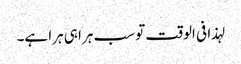
لہذا فی الوقت تو سب ہرا ہی ہرا ہے۔